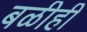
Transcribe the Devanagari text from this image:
बळीही